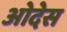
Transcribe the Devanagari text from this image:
ओदेस